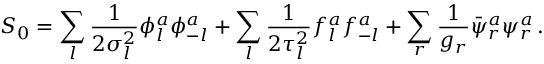
S _ { 0 } = \sum _ { l } { \frac { 1 } { 2 \sigma _ { l } ^ { 2 } } } \phi _ { l } ^ { a } \phi _ { - l } ^ { a } + \sum _ { l } { \frac { 1 } { 2 \tau _ { l } ^ { 2 } } } f _ { l } ^ { a } f _ { - l } ^ { a } + \sum _ { r } { \frac { 1 } { g _ { r } } } \bar { \psi } _ { r } ^ { a } \psi _ { r } ^ { a } \, .